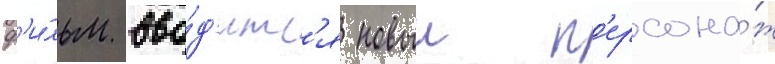
ф'и́льм вво́д'итс'я новыи п'ерсона́ж